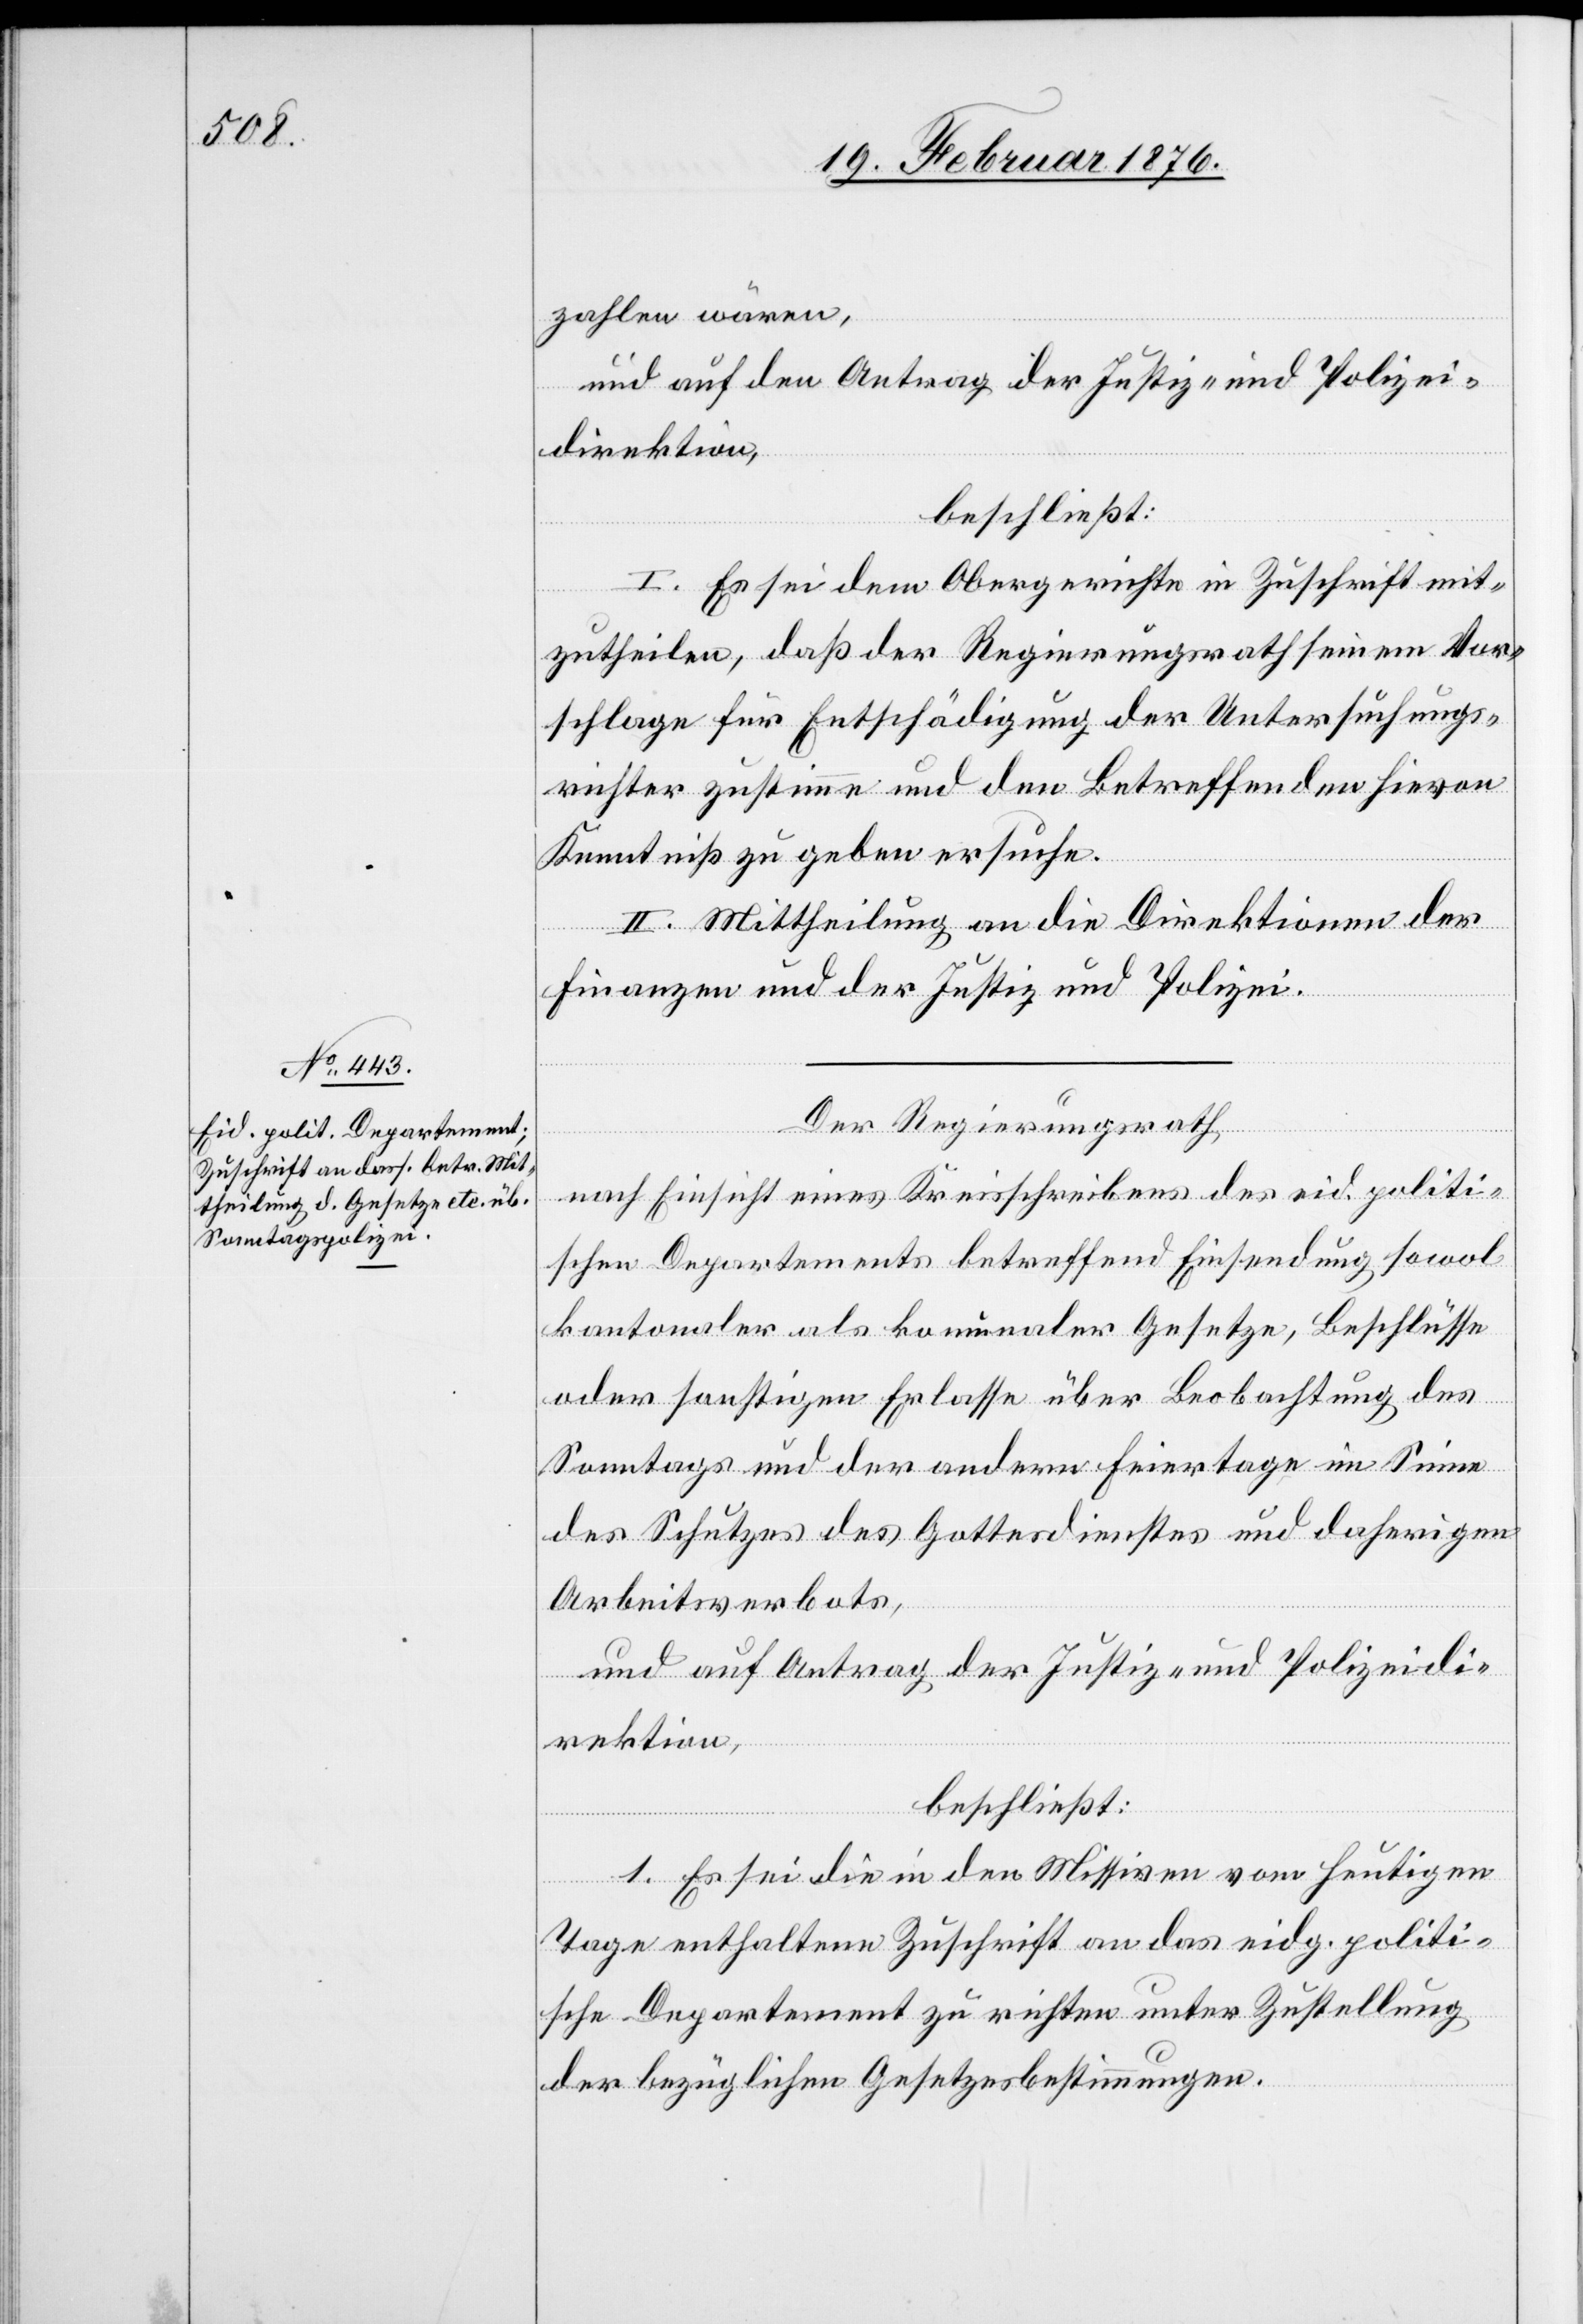
zahlen wären,
und auf den Antrag der Justiz- und Polizei¬
direktion,
beschließt:
I. Es sei dem Obergerichte in Zuschrift mit¬
zutheilen, daß der Regierungsrath seinem Vor¬
schlage für Entschädigung der Untersuchungs¬
richter zustimme und den Betreffenden hievon
Kenntniß zu geben ersuche.
II. Mittheilung an die Direktionen der
Finanzen und der Justiz und Polizei.
Der Regierungsrath,
nach Einsicht eines Kreisscheibens des eid. politi¬
schen Departements betreffend Einsendung sowol
oder sonstiger Erlasse über Beobachtung des
Sonntags und der andern Feiertage im Sinne
des Schutzes des Gottesdienstes und daherigem
Arbeitsverbots,
und auf Antrag der Justiz- und Polizeidi¬
Beschlüsse
rektion,
beschließt:
kan¬
1. Es sei die in den Missiven vom heutigen
Tage enthaltene Zuschrift an das eidg. politi¬
sche Departement zu richten unter Zustellung
der bezüglichen Gesetzesbestimmungen.